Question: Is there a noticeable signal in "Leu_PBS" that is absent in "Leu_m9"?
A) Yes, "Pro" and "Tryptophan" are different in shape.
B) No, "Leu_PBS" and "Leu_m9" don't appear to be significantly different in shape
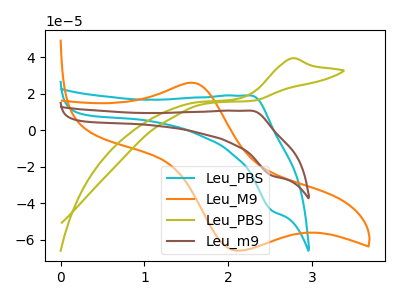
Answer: <think>The cyan curve "Leu_PBS" has an anodic peak at (2.25V, 19.05uA) and a cathodic peak at (2.55V, -44.10uA). The orange curve "Leu_M9" has an anodic peak at (1.55V, 26.05uA) and a cathodic peak at (2.15V, -66.00uA). The olive curve "Leu_PBS" has an anodic peak at: (2.75V, 39.40uA). The brown curve "Leu_m9" has an anodic peak at (2.25V, 10.75uA) and a cathodic peak at (2.55V, -24.90uA).
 All the peaks in "Leu_PBS" have a peak in "Leu_m9" at the same potential. Every peak in "Leu_PBS" is higher than every peak in "Leu_m9".</think>
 <answer>B) No, "Leu_PBS" and "Leu_m9" don't appear to be significantly different in shape</answer>
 <eval>B</eval>